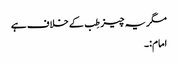
مگر یہ چیز طِب کے خلاف ہے
امام:۔